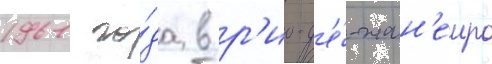
1961 го́да в р'ио-д'е́-жан'еиро